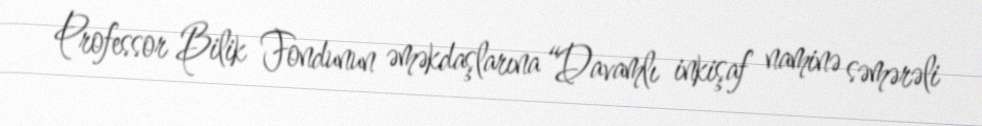
Professor Bilik Fondunun əməkdaşlarına “Davamlı inkişaf naminə səmərəli